Vaccination report Assam 1896-1927 - 1896-1927
Year: 1896
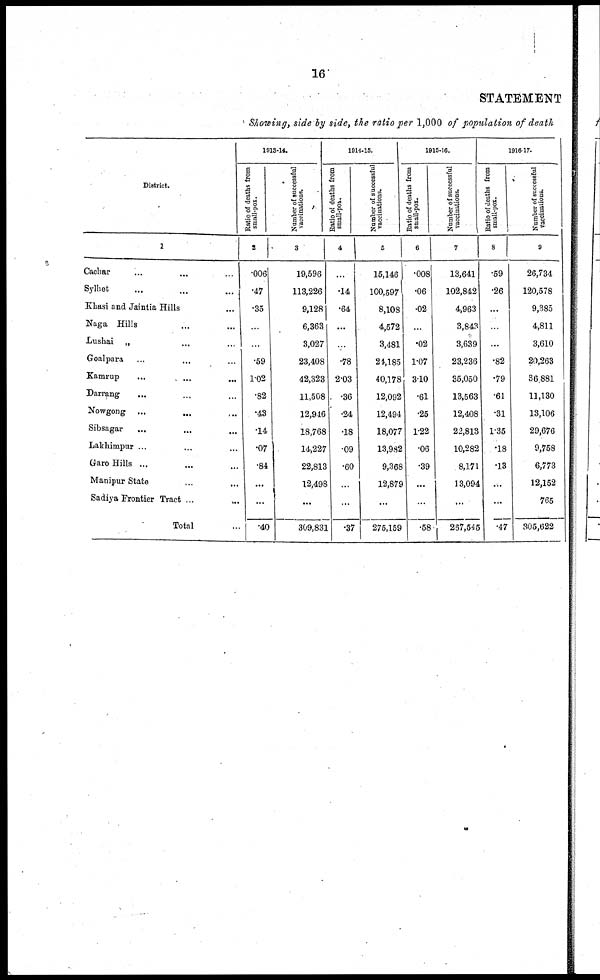
16
STATEMENT
Showing, side by side, the ratio per 1,000 of population of death
District.
1
Cachar ... ...
Sylhet ... ...
Khasi and Jaintia Hills ...
Naga Hills ... ...
Lushai „ ... ...
Goalpara ... ...
Kamrup ... ...
Darrang ... ...
Nowgong ... ...
Sibsagar ... ...
Lakhimpur ... ...
Garo Hills ... ...
Manipur State ... ...
Sadiya Frontier Tract
...
...
Total ...
1913-14.
Ratio of deaths from
small-pox.
2
.006
.47
.35
...
...
.59
1.02
.82
.43
.14
.07
.84
...
...
.40
Number of successful
vaccinations.
3
19,596
113,226
9,128
6,363
3,027
23,408
42,323
11,508
12,946
18,768
14,227
22,813
12,498
...
309,831
1914-15.
Ratio of deaths from
small-pox.
4
...
.14
.64
...
...
.78
2.03
.36
.24
.18
.09
.60
...
...
.37
Number of successful
vaccinations.
5
15,146
100,597
8,108
4,572
3,481
24,185
40,178
12,092
12,494
18,077
13,982
9,368
12,879
...
275,159
1915-16.
Ratio of deaths from
small-pox.
6
.008
.06
.02
...
.02
1.07
3.10
.61
.25
1.22
.06
.39
...
...
.58
Number of successful
vaccinations.
7
13,641
102,842
4,963
3,843
3,639
23,236
35,050
13,563
12,408
22,813
10,282
8,171
13,094
...
267,545
1916-17.
Ratio of deaths from
small-pox.
8
.59
.26
...
...
...
.82
.79
.61
.31
1.35
.18
.13
...
...
.47
Number of successful
Vaccinations.
9
26,734
120,578
9,385
4,811
3,610
20,263
36,881
11,130
13,106
29,676
9,758
6,773
12,152
765
305,622